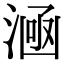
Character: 㴠